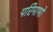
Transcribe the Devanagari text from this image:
परिमापो